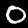
Digit: 0